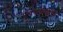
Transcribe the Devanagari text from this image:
प्रचंडचंडिके